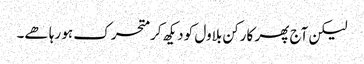
لیکن آج پھر کارکن بلاول کو دیکھ کر متحرک ہو رہا ھے۔